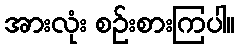
အားလုံး စဉ်းစားကြပါ။